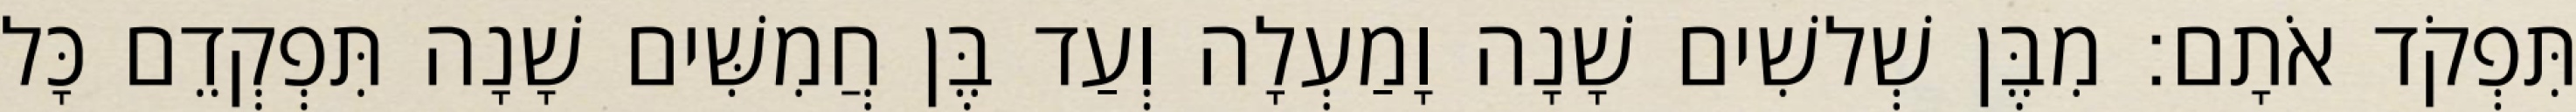
תִּפְקֹד אֹתָם׃ מִבֶּן שְׁלשִׁים שָׁנָה וָמַעְלָה וְעַד בֶּן חֲמִשִּׁים שָׁנָה תִּפְקְדֵם כָּל